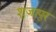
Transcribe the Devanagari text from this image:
शुजापुर